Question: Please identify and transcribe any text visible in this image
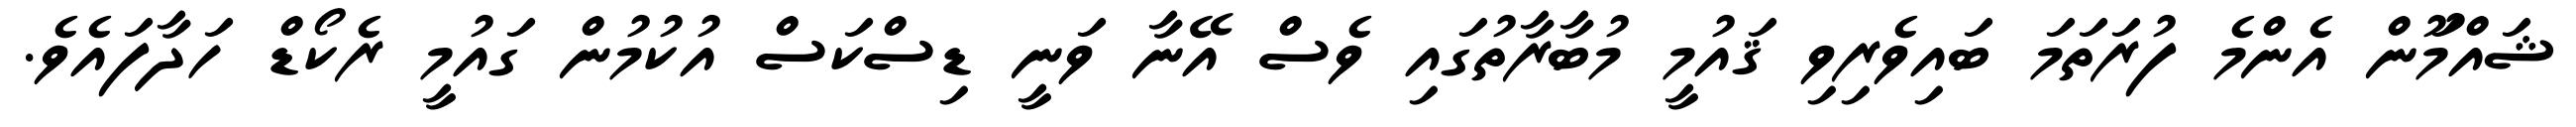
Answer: ޝައްމަޫން އެންމެ ފުރަތަމަ ބައިވެރިވި ޤައުމީ މުބާރާތުގައި ވެސް އޭނާ ވަނީ ޑިސްކަސް އުކުމުން ގައުމީ ރެކޯޑް ހަދާފައެވެ.